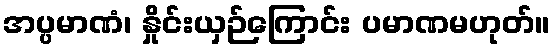
အပ္ပမာဏံ၊ နှိုင်းယှဉ်ကြောင်း ပမာဏမဟုတ်။